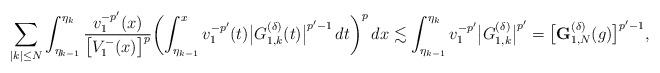
LaTeX: \begin{align*}\sum_{|k|\le N}\int_{\eta_{k-1}}^{\eta_k} \frac{v_1^{-p'}(x)}{\bigl[V_1^-(x)\bigr]^{p}} \biggl(\int_{\eta_{k-1}}^xv_1^{-p'}(t)\bigl|G^{(\delta)}_{1,k}(t)\bigr|^{p'-1}\,dt\biggr)^p\,dx\lesssim\int_{\eta_{k-1}}^{\eta_k}v_1^{-p'}\bigl|G_{1,k}^{(\delta)}\bigr|^{p'}=\bigl[\mathbf{G}^{(\delta)}_{1,N}(g)\bigr]^{p'-1},\end{align*}